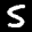
Label: 5